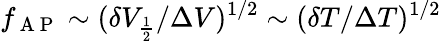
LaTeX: f_{\mathrm{~A~P~}}\sim(\delta V_{\frac{1}{2}}/\Delta V)^{1/2}\sim(\delta T/\Delta T)^{1/2}